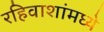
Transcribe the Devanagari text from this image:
रहिवाशांमध्ये